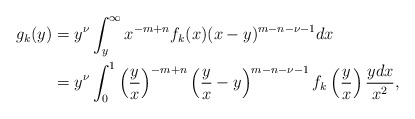
\begin{align*}g_k(y) & = y^{\nu} \int_y^{\infty} x^{-m+n} f_k(x) (x-y)^{m-n-\nu-1} dx \\& = y^{\nu} \int_0^1 \left(\frac{y}{x}\right)^{-m+n} \left(\frac{y}{x} - y\right)^{m-n-\nu-1} f_k\left(\frac{y}{x}\right) \frac{y dx}{x^2},\end{align*}